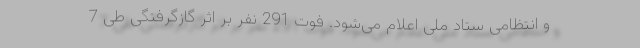
و انتظامی ستاد ملی اعلام می‌شود. فوت 291 نفر بر اثر گازگرفتگی طی 7